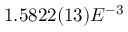
1 . 5 8 2 2 ( 1 3 ) E ^ { - 3 }